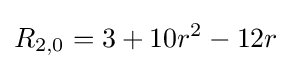
R_{2,0}=3+10r^{2}-12r